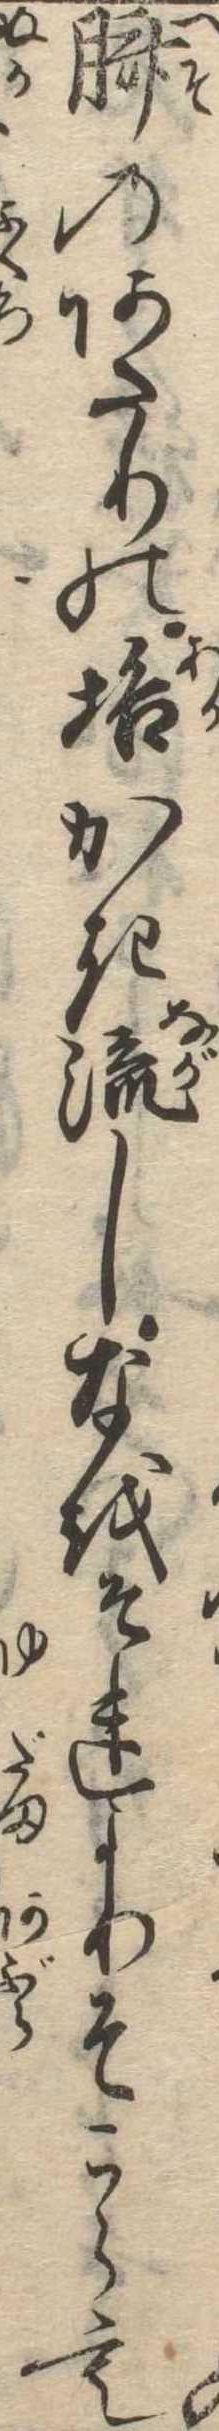
臍のあたりの垢かき流しなをそれよりそこらも